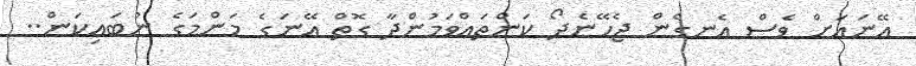
އޭނައަށް ވެސް އެނގެން ޖެހޭނެދޯ ކަންތައްވަމުންދާ ގޮތް އޭނަގެ މަންމަގެ ނުބައިކަން..